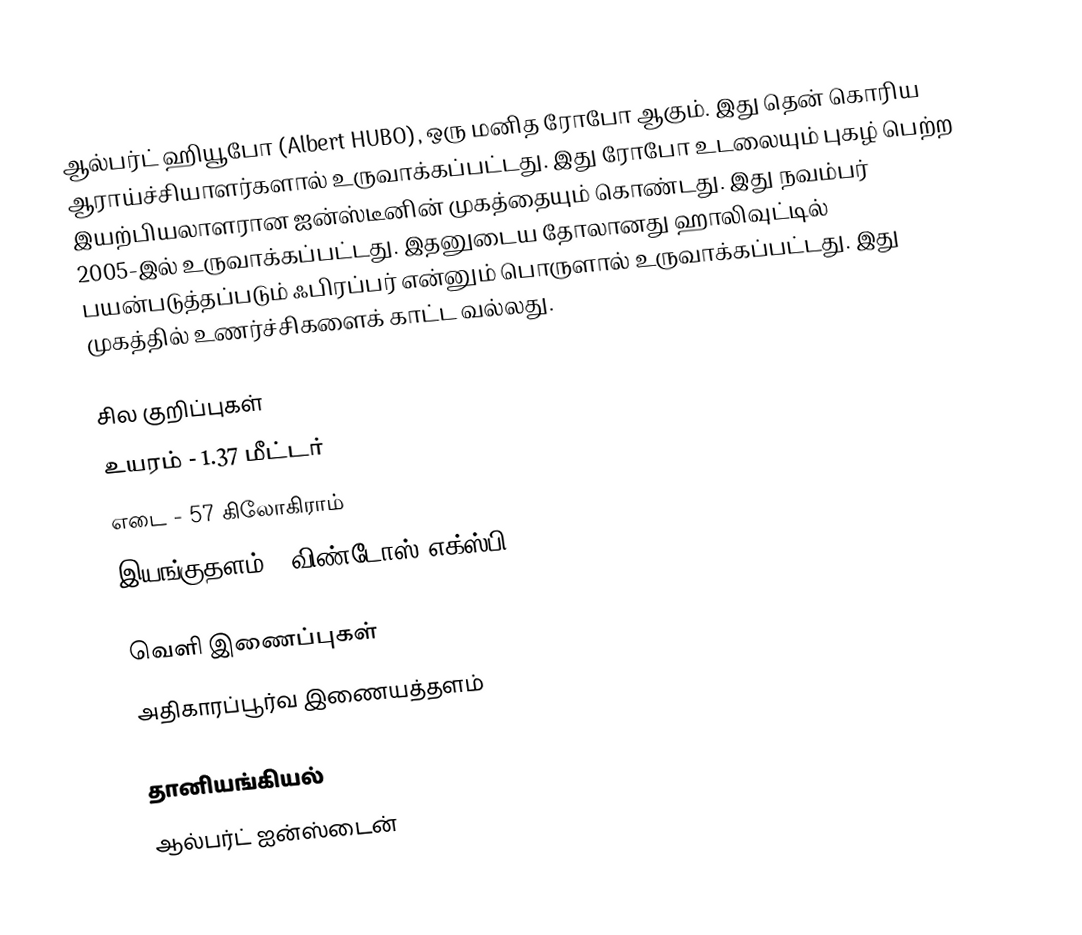
ஆல்பர்ட் ஹியூபோ (Albert HUBO), ஒரு மனித ரோபோ ஆகும். இது தென் கொரிய ஆராய்ச்சியாளர்களால் உருவாக்கப்பட்டது. இது ரோபோ உடலையும் புகழ் பெற்ற இயற்பியலாளரான ஐன்ஸ்டீனின் முகத்தையும் கொண்டது. இது நவம்பர் 2005-இல் உருவாக்கப்பட்டது. இதனுடைய தோலானது ஹாலிவுட்டில் பயன்படுத்தப்படும் ஃபிரப்பர் என்னும் பொருளால் உருவாக்கப்பட்டது. இது முகத்தில் உணர்ச்சிகளைக் காட்ட வல்லது.

சில குறிப்புகள்
 உயரம் - 1.37 மீட்டர்
 எடை - 57 கிலோகிராம்
 இயங்குதளம் - விண்டோஸ் எக்ஸ்பி

வெளி இணைப்புகள்
 அதிகாரப்பூர்வ இணையத்தளம்

தானியங்கியல்
ஆல்பர்ட் ஐன்ஸ்டைன்